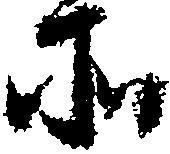
所